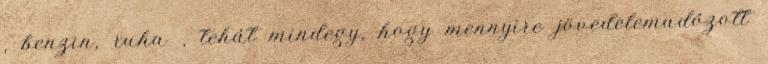
, benzin, ruha , tehát mindegy, hogy mennyire jövedelemadózott